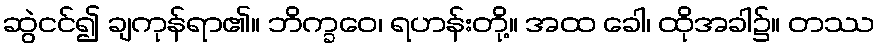
ဆွဲငင်၍ ချကုန်ရာ၏။ ဘိက္ခဝေ၊ ရဟန်းတို့။ အထ ခေါ၊ ထိုအခါ၌။ တဿ